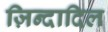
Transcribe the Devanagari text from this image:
ज़िन्दादिल